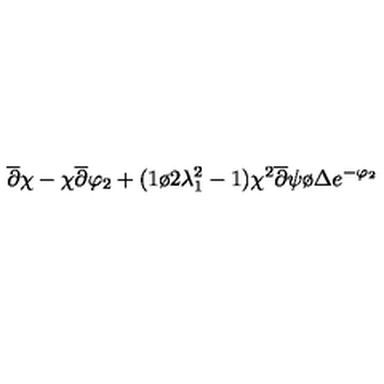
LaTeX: \overline { { \partial } } \chi - \chi \overline { { \partial } } \varphi _ { 2 } + ( { 1 \o { 2 \lambda _ { 1 } ^ { 2 } } } - 1 ) { { \chi ^ { 2 } \overline { { \partial } } \psi } \o \Delta } e ^ { - \varphi _ { 2 } }